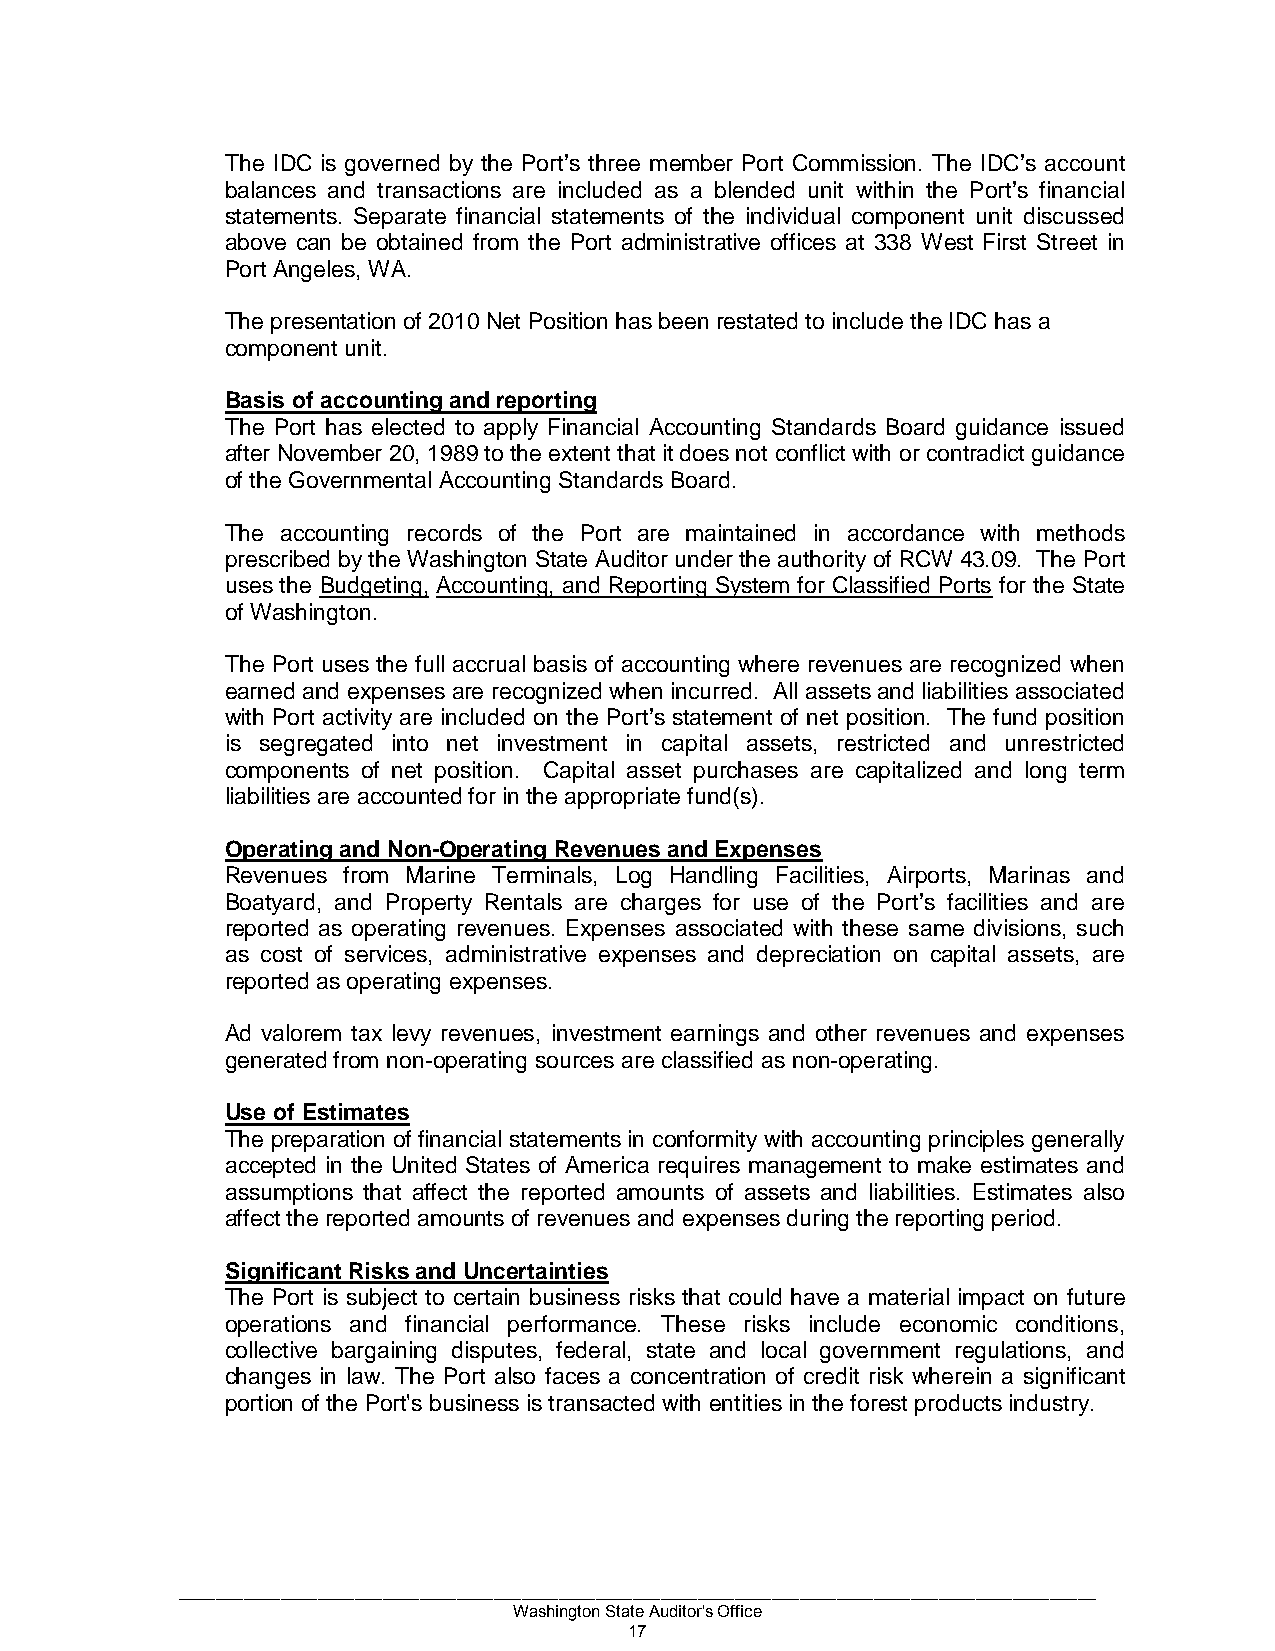
The IDC is governed by the Port’s three member Port Commission. The IDC’s account
 balances and transactions are included as a blended unit within the Port’s financial
 statements. Separate financial statements of the individual component unit discussed
 above can be obtained from the Port administrative offices at 338 West First Street in
 Port Angeles, WA.
 The presentation of 2010 Net Position has been restated to include the IDC has a
 component unit.
 Basis of accounting and reporting
 The Port has elected to apply Financial Accounting Standards Board guidance issued
 after November 20, 1989 to the extent that it does not conflict with or contradict guidance
 of the Governmental Accounting Standards Board.
 The accounting records of the Port are maintained in accordance with methods
 prescribed by the Washington State Auditor under the authority of RCW 43.09. The Port
 uses the Budgeting, Accounting, and Reporting System for Classified Ports for the State
 of Washington.
 The Port uses the full accrual basis of accounting where revenues are recognized when
 earned and expenses are recognized when incurred. All assets and liabilities associated
 with Port activity are included on the Port’s statement of net position. The fund position
 is segregated into net investment in capital assets, restricted and unrestricted
 components of net position. Capital asset purchases are capitalized and long term
 liabilities are accounted for in the appropriate fund(s).
 Operating and Non-Operating Revenues and Expenses
 Revenues from Marine Terminals, Log Handling Facilities, Airports, Marinas and
 Boatyard, and Property Rentals are charges for use of the Port’s facilities and are
 reported as operating revenues. Expenses associated with these same divisions, such
 as cost of services, administrative expenses and depreciation on capital assets, are
 reported as operating expenses.
 Ad valorem tax levy revenues, investment earnings and other revenues and expenses
 generated from non-operating sources are classified as non-operating.
 Use of Estimates
 The preparation of financial statements in conformity with accounting principles generally
 accepted in the United States of America requires management to make estimates and
 assumptions that affect the reported amounts of assets and liabilities. Estimates also
 affect the reported amounts of revenues and expenses during the reporting period.
 Significant Risks and Uncertainties
 The Port is subject to certain business risks that could have a material impact on future
 operations and financial performance. These risks include economic conditions,
 collective bargaining disputes, federal, state and local government regulations, and
 changes in law. The Port also faces a concentration of credit risk wherein a significant
 portion of the Port's business is transacted with entities in the forest products industry.
 ___________________________________________________________________________________________________
 Washington State Auditor's Office
 17